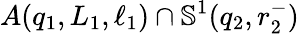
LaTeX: A\! \left(q_{1},L_{1},\ell_{1}\right)\cap\mathbb{S}^{1}(q_{2},r_{2}^{-})